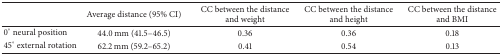
<table><thead><tr><td><b> </b></td><td><b>Average distance (95% CI)</b></td><td><b>CC between the distance and weight</b></td><td><b>CC between the distance and height</b></td><td><b>CC between the distance and BMI</b></td></tr></thead><tbody><tr><td>0° neural position</td><td>44.0 mm (41.5–46.5)</td><td>0.36</td><td>0.36</td><td>0.18</td></tr><tr><td>45° external rotation</td><td>62.2 mm (59.2–65.2)</td><td>0.41</td><td>0.54</td><td>0.13</td></tr></tbody></table>